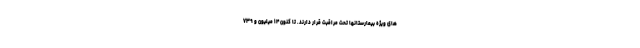
های ویژه بیمارستانها تحت مراقبت قرار دارند. تا کنون ۱۴ میلیون و ۷۳۹